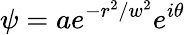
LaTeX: \psi=ae^{-r^{2}/w^{2}}e^{i\theta}